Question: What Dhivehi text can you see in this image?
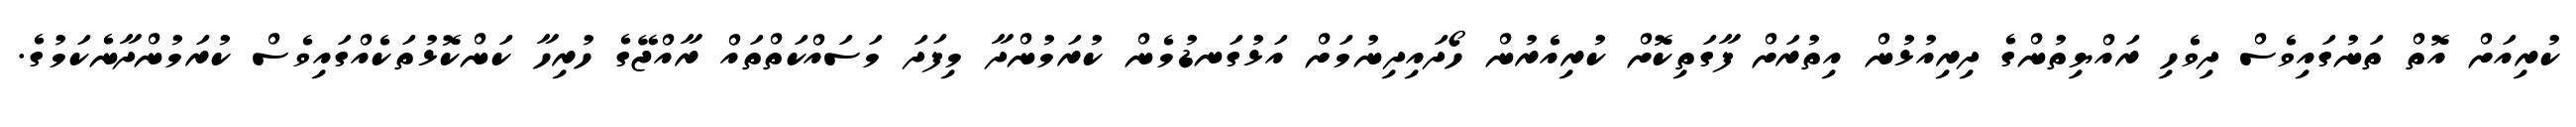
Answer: ކުރިއަށް އޮތް ތަނުގައިވެސް ދިވެހި ރައްޔިތުންގެ ދިރިއުޅުން އިތުރަށް ފާގަތިކޮށް ކުރިއެރުން ހޯދައިދިނުމަށް އަޅުގަނޑުމެން ކުރަމުންދާ މިފަދަ މަސައްކަތްތައް ރާއްޖޭގެ ހުރިހާ ކަންކޮޅުތަކެއްގައިވެސް ކުރަމުންދާނެކަމުގެ.